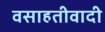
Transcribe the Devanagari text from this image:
वसाहतीवादी